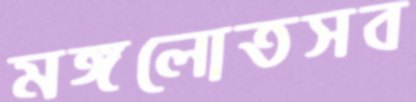
মঙ্গলোতসব